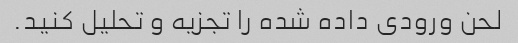
لحن ورودی داده شده را تجزیه و تحلیل کنید.